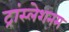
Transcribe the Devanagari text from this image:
ट्रांस्लेशनम